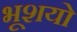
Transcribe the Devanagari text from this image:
भूशयो